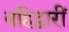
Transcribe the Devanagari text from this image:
बहिद्वारीं